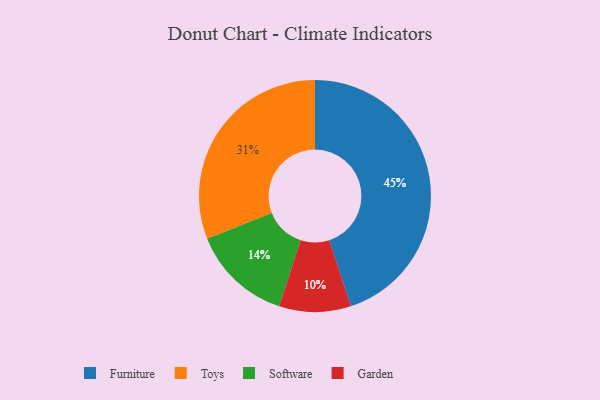
{"axis": {"x": "Category", "y": "Percentage"}, "legend": ["Furniture", "Garden", "Software", "Toys"], "data": [{"x": "Software", "y": 14, "type": "Software"}, {"x": "Garden", "y": 10, "type": "Garden"}, {"x": "Furniture", "y": 45, "type": "Furniture"}, {"x": "Toys", "y": 31, "type": "Toys"}]}